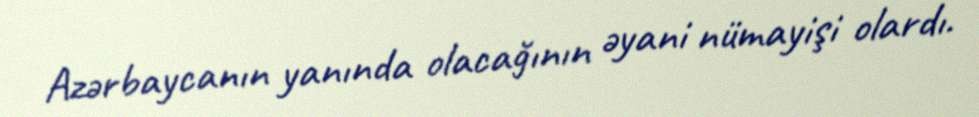
Azərbaycanın yanında olacağının əyani nümayişi olardı.